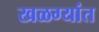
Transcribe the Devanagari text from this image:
खळग्यांत